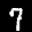
Label: 7